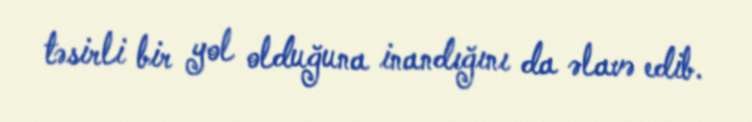
təsirli bir yol olduğuna inandığını da əlavə edib.